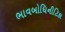
ભાવબોધિનીટિકા